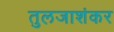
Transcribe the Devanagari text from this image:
तुलजाशंकर